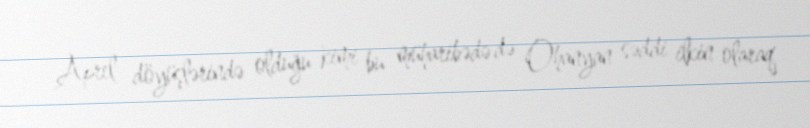
Aprel döyüşlərində olduğu kimi bu müharibədə də Ohanyan səddi ilkin olaraq